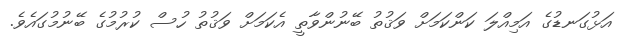
އަޅުގަނޑުގެ އަމިއްލަ ކަންކަމަށް ވަޤުތު ބޭނުންވާތީ އެކަމަށް ވަޤުތު ހުސް ކުރުމުގެ ބޭނުމުގައެވެ.